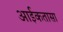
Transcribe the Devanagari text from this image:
आईकतासा